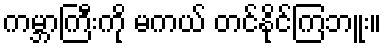
ကမ္ဘာကြီးကို မကယ် တင်နိုင်ကြဘူး။